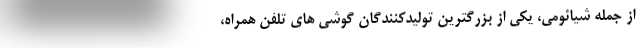
از جمله شیائومی، یکی از بزرگترین تولیدکنندگان گوشی های تلفن همراه،